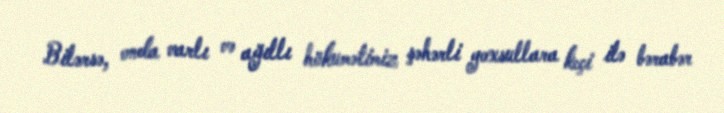
Bilərsə, onda varlı və ağıllı hökumətimiz şəhərli yoxsullara keçi ilə bərabər